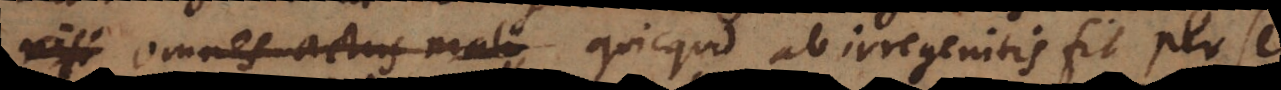
restare et quicquid ab irregenitis fit per se